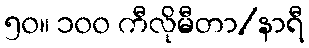
၅၀။ ၁၀၀ ကီလိုမီတာ/နာရီ